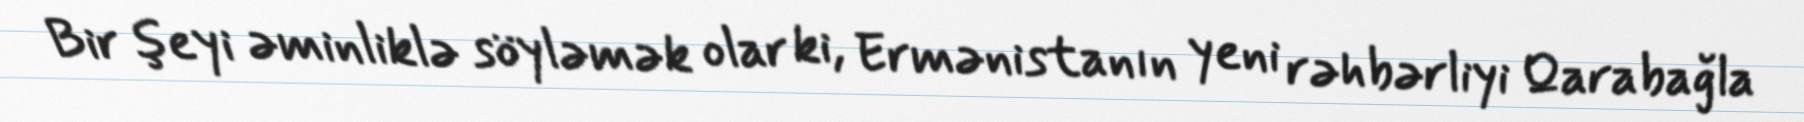
Bir şeyi əminliklə söyləmək olar ki, Ermənistanın yeni rəhbərliyi Qarabağla